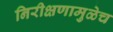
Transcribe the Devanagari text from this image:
निरीक्षणामुळेच